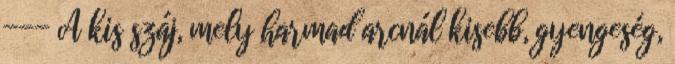
--- A kis száj, mely harmad arcnál kisebb, gyengeség,